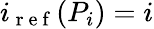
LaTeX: i_{\mathrm{~r~e~f~}}(P_{i})=i